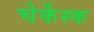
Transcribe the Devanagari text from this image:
चेर्केस्क